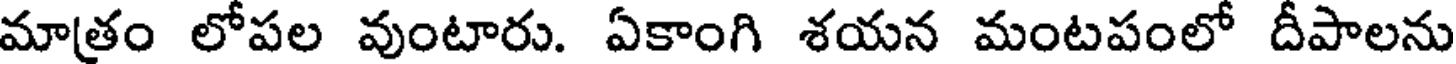
మాత్రం లోపల వుంటారు. ఏకాంగి శయన మంటపంలో దీపాలను